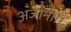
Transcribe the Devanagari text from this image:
अजानी।।